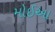
મોઈઆ